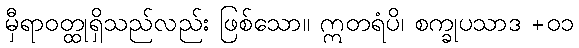
မှီရာဝတ္ထုရှိသည်လည်း ဖြစ်သော။ ဣတရံပိ၊ စက္ခုပသာဒ +၀၁